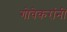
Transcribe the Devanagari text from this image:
गोवेकरांनी